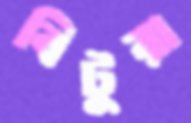
বিটুরা